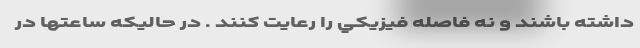
داشته باشند و نه فاصله فيزيكي را رعايت كنند . در حاليكه ساعتها در